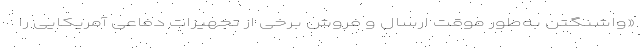
«واشنگتن به‌طور موقت ارسال و فروش برخی از تجهیزات دفاعی آمریکایی را